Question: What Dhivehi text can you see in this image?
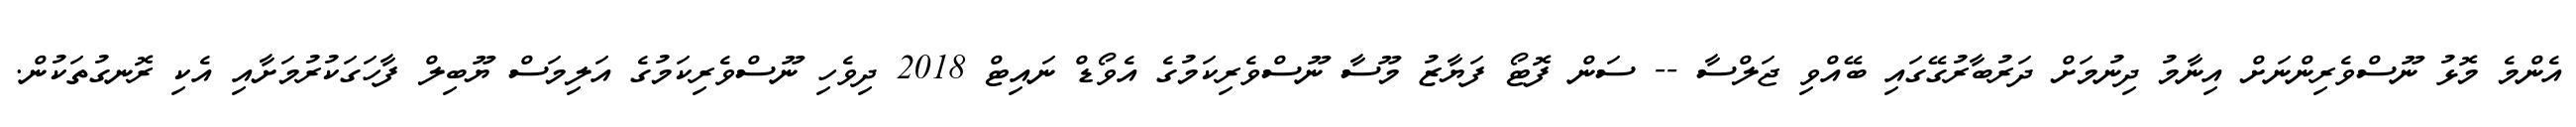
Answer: އެންމެ މޮޅު ނޫސްވެރިންނަށް އިނާމު ދިނުމަށް ދަރުބާރުގޭގައި ބޭއްވި ޖަލްސާ -- ސަން ފޮޓޯ ފަޔާޒު މޫސާ ނޫސްވެރިކަމުގެ އެވޯޑް ނައިޓް 2018 ދިވެހި ނޫސްވެރިކަމުގެ އަލިމަސް ޔޫބިލް ފާހަގަކުރުމަށާއި އެކި ރޮނގުތަކުން.